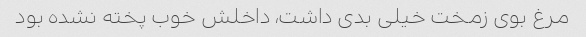
مرغ بوی زمخت خیلی بدی داشت، داخلش خوب پخته نشده بود